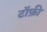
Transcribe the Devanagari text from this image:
टॉफ़ी